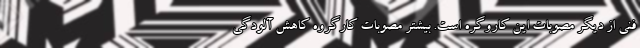
فنی از دیگر مصوبات این کاروگره است. بیشتر مصوبات کارگروه کاهش آلودگی